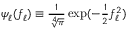
\begin{array} { r } { \psi _ { \ell } ( \mathscr { f } _ { \ell } ) \equiv \frac { 1 } { \sqrt [ 4 ] { \pi } } \exp ( - \frac { 1 } { 2 } \mathscr { f } _ { \ell } ^ { 2 } ) } \end{array}